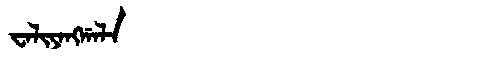
Manchu: ᠸᠠᠯᡳᠶᠠᠩᡤᠠᠯᠠ
Romanization: WALIYANGGALA